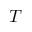
T